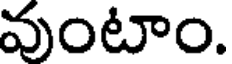
వుంటాం.